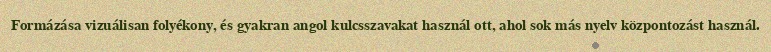
Formázása vizuálisan folyékony, és gyakran angol kulcsszavakat használ ott, ahol sok más nyelv központozást használ.